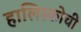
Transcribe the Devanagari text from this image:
हालिस्कोची